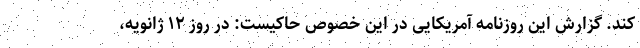
کند. گزارش این روزنامه آمریکایی در این خصوص حاکیست: در روز ۱۲ ژانویه،